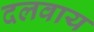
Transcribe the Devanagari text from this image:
दलवाय